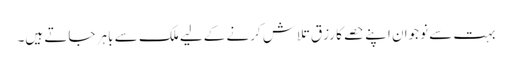
بہت سے نوجوان اپنے حصے کا رزق تلاش کرنے کےلیے ملک سے باہر جاتے ہیں۔